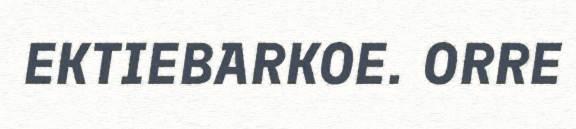
EKTIEBARKOE. ORRE